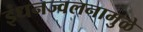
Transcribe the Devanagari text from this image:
इंधनज्वलनामुळे